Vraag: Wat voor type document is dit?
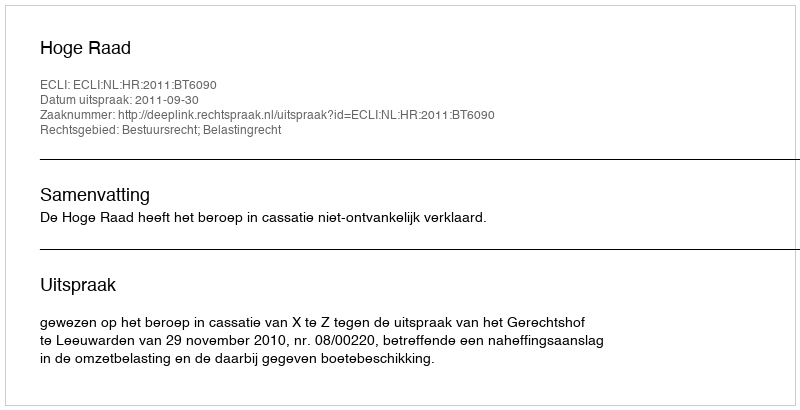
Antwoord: Uitspraak